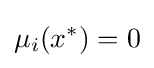
\mu _{i}(x^{*})=0